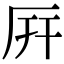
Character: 㕃